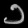
Digit: ၁